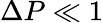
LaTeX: \Delta P\ll 1